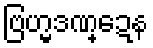
ဗြဟ္မဒဏ္ဍေန